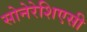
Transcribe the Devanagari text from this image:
सोनेरेशिएसी